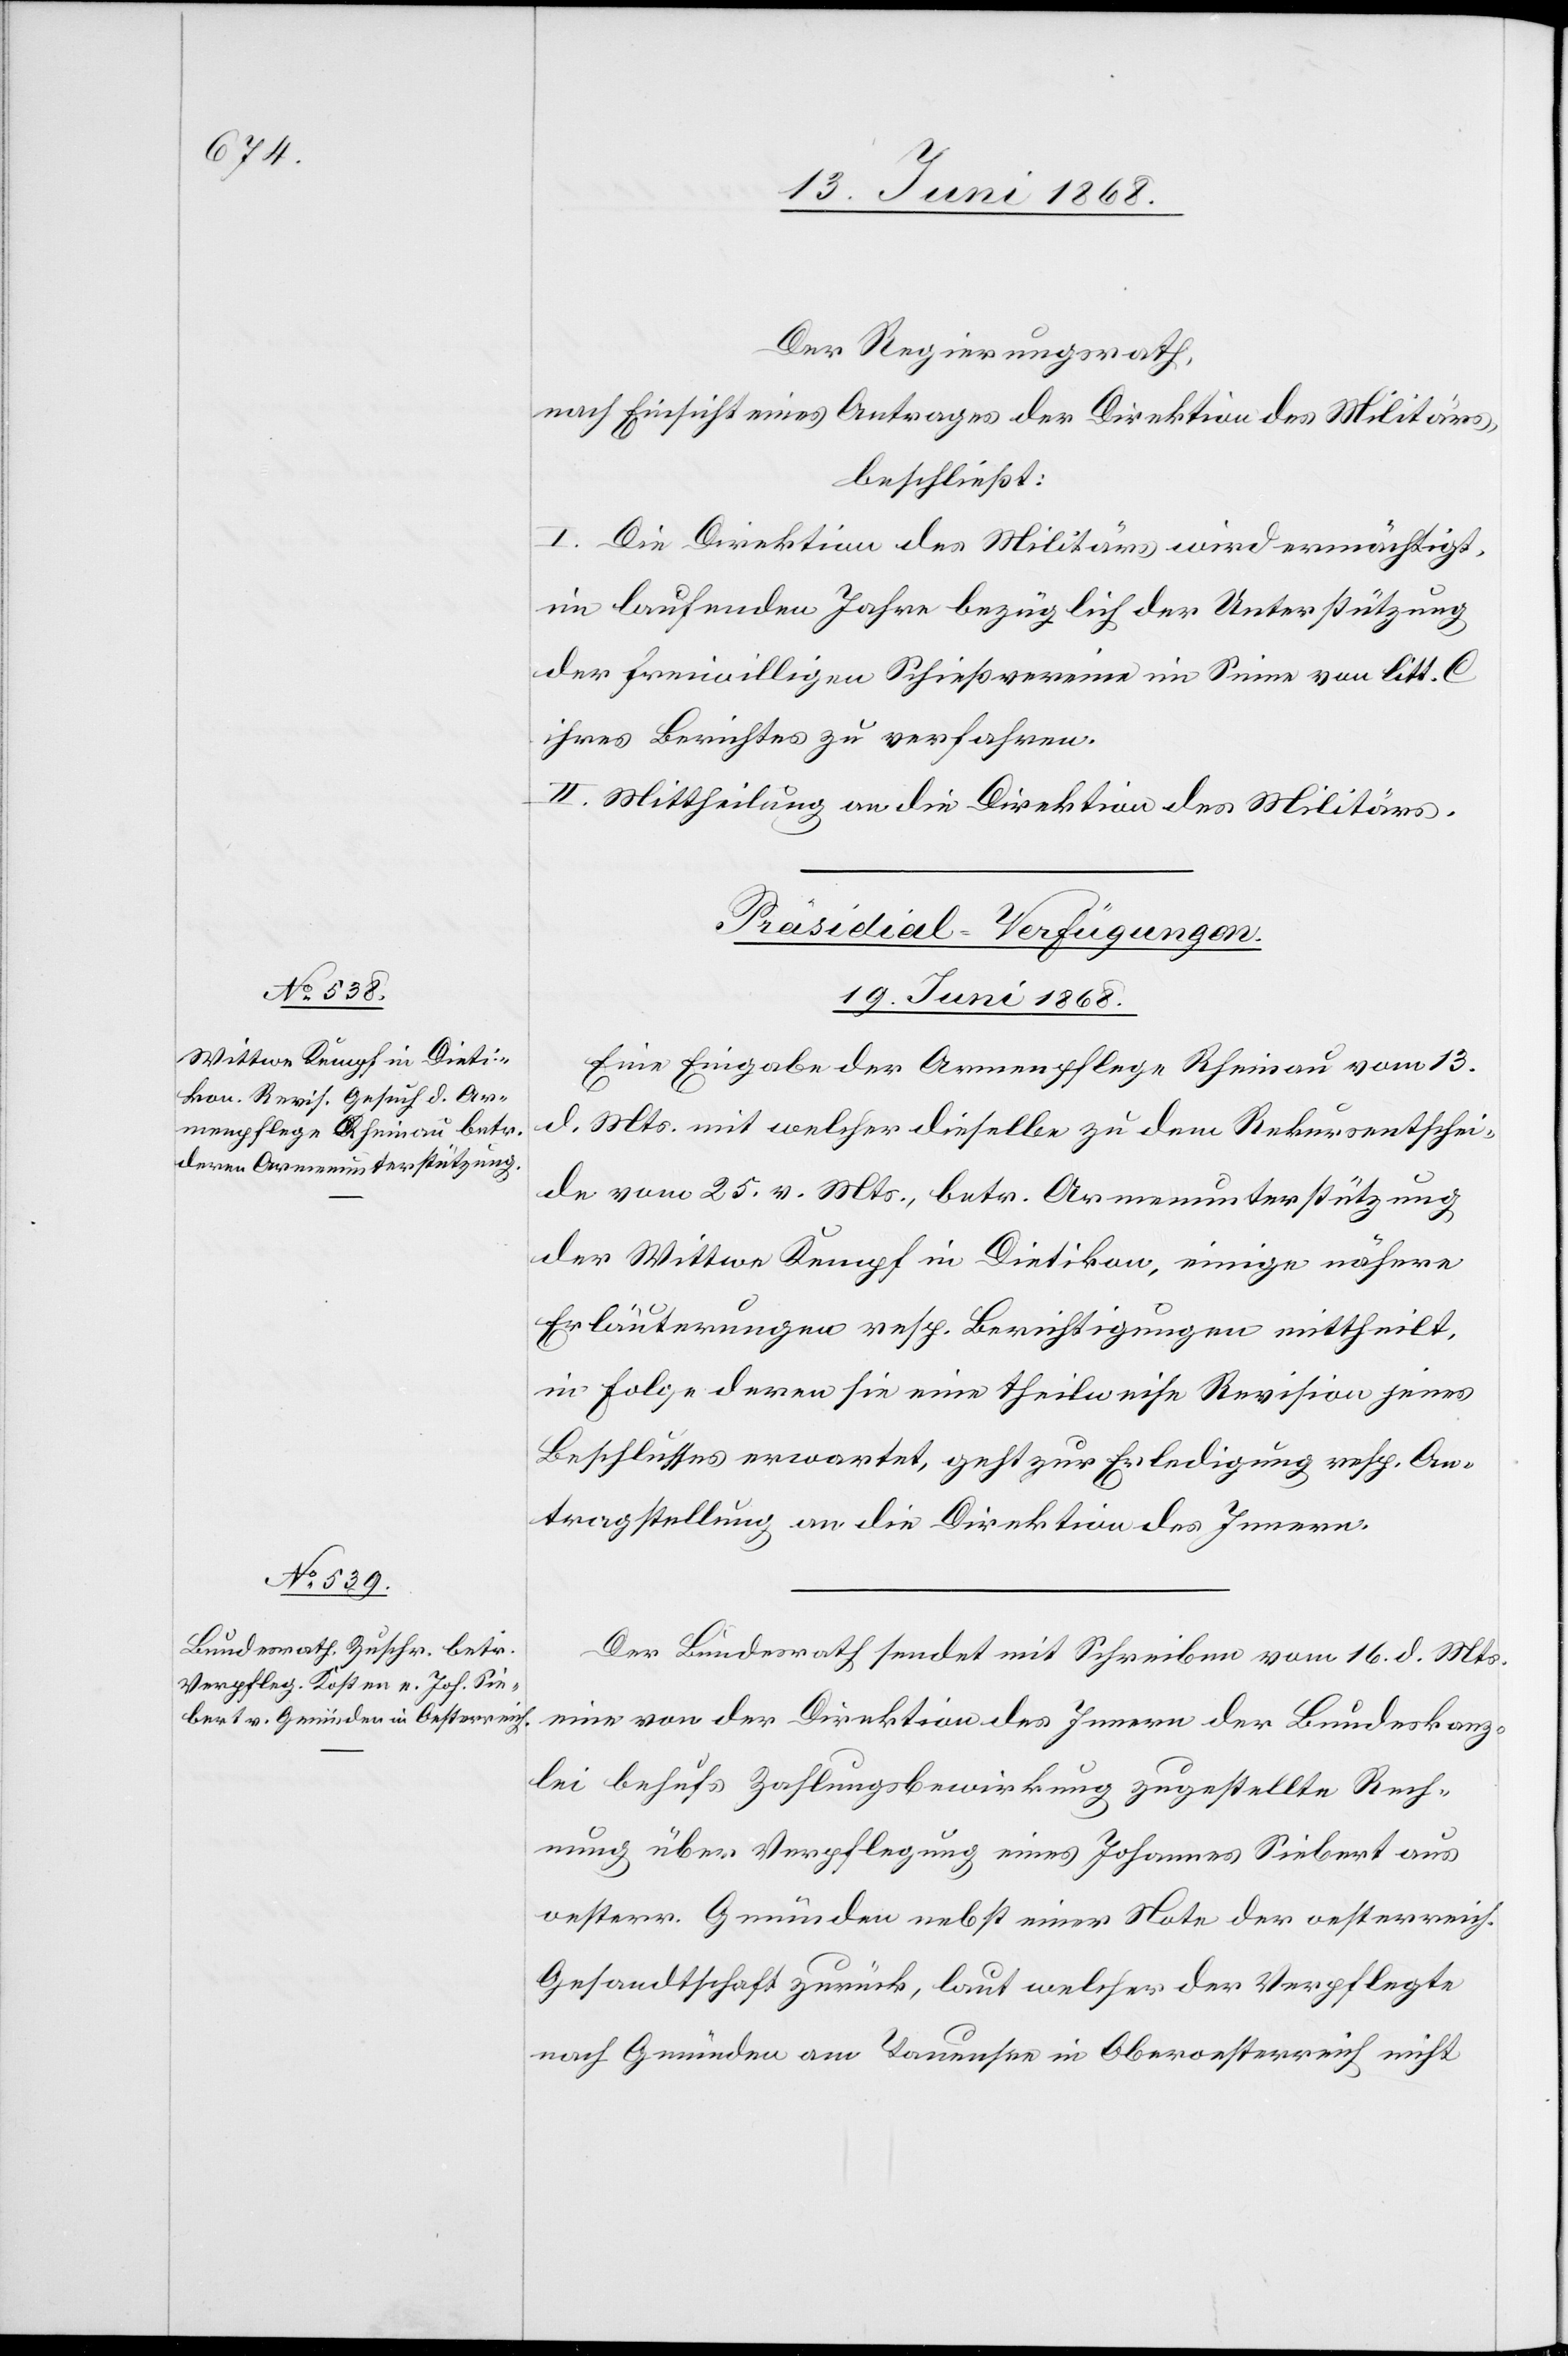
Der Regierungsrath,
nach Einsicht eines Antrages der Direktion des Militärs,
beschließt:
I. Die Direktion des Militärs wird ermächtigt,
im laufenden Jahre bezüglich der Unterstützung
der freiwilligen Schießvereine im Sinne von litt. C
ihres Berichtes zu verfahren.
II. Mittheilung an die Direktion des Militärs.
[Präsidial-Verfügungen.
19. Juni 1868.]
Eine Eingabe der Armenpflege Rheinau vom 13.
d. Mts. mit welcher dieselbe zu dem Rekursentschei¬
de vom 25. v. Mts., betr. Armenunterstützung
der Wittwe Kempf in Dietikon, einige nähere
Erläuterungen resp. Berichtigungen mittheilt,
in Folge deren sie eine theilweise Revision jenes
Beschlusses erwartet, geht zur Erledigung resp. An¬
tragstellung an die Direktion des Innern.
Der Bundesrath sendet mit Schreiben vom 16. d. Mts.
eine von der Direktion des Innern der Bundeskanz¬
lei behufs Zahlungsbewirkung zugestellte Rech¬
nung über Verpflegung eines Johannes Siebert aus
oesterr. Gmünden nebst einer Note der oesterreich.
Gesandtschaft zurück, laut welcher der Verpflegte
nach Gmünden am Tauensee in Oberoesterreich nicht